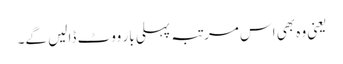
یعنی وہ بھی اس مرتبہ پہلی بار ووٹ ڈالیں گے۔